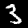
Digit: 3